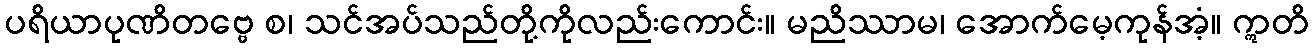
ပရိယာပုဏိတဗ္ဗေ စ၊ သင်အပ်သည်တို့ကိုလည်းကောင်း။ မညိဿာမ၊ အောက်မေ့ကုန်အံ့။ ဣတိ